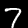
Label: 7